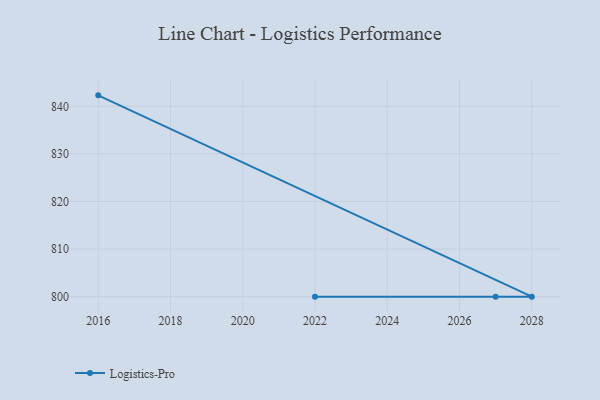
{"axis": {"x": "Year", "y": "Page Views"}, "legend": ["Logistics-Pro"], "data": [{"x": "2016", "y": 842.3, "type": "Logistics-Pro"}, {"x": "2028", "y": 800, "type": "Logistics-Pro"}, {"x": "2022", "y": 800, "type": "Logistics-Pro"}, {"x": "2027", "y": 800, "type": "Logistics-Pro"}]}